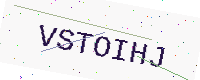
Text: VSTOIHJ